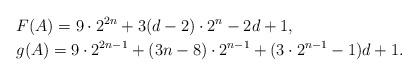
LaTeX: \begin{align*}&F(A)=9\cdot 2^{2n}+3(d-2)\cdot 2^n-2d+1,\\&g(A)=9\cdot 2^{2n-1}+(3n-8)\cdot 2^{n-1}+(3\cdot 2^{n-1}-1)d+1.\end{align*}